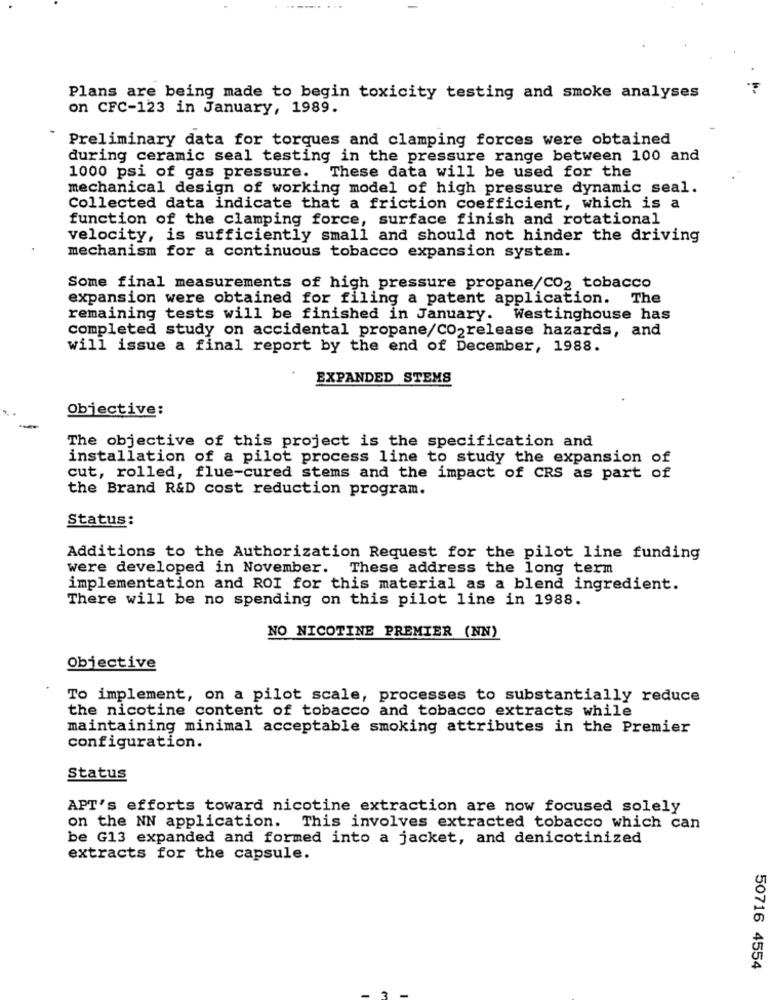
Plans are being made to begin toxicity testing and smoke analyses
on CFC-123 in January, 1989.
Preliminary data for torques and clamping forces were obtained
during ceramic seal testing in the pressure range between 100 and
1000 psi of gas pressure. These data will be used for the
mechanical design of working model of high pressure dynamic seal.
Collected data indicate that a friction coefficient, which is a
function of the clamping force, surface finish and rotational
velocity, is sufficiently small and should not hinder the driving
mechanism for a continuous tobacco expansion system.
Some final measurements of high pressure propane/CO2 tobacco
expansion were obtained for filing a patent application. The
remaining tests will be finished in January.
Westinghouse has
completed study on accidental propane/CO2release hazards, and
will issue a final report by the end of December, 1988.
EXPANDED STEMS
Objective:
-
The objective of this project is the specification and
installation of a pilot process line to study the expansion of
cut, rolled, flue-cured stems and the impact of CRS as part of
the Brand R&D cost reduction program.
Status:
Additions to the Authorization Request for the pilot line funding
were developed in November. These address the long term
implementation and ROI for this material as a blend ingredient.
There will be no spending on this pilot line in 1988.
NO NICOTINE PREMIER (NN)
Objective
To implement, on a pilot scale, processes to substantially reduce
the nicotine content of tobacco and tobacco extracts while
maintaining minimal acceptable smoking attributes in the Premier
configuration.
Status
APT's efforts toward nicotine extraction are now focused solely
on the NN application. This involves extracted tobacco which can
be G13 expanded and formed into a jacket, and denicotinized
extracts for the capsule.
50716 4554